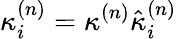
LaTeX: \kappa_{i}^{(n)}=\kappa^{(n)}\hat{\kappa}_{i}^{(n)}